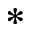
^ *